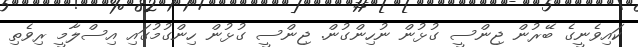
ކައިވެނީގެ ބޭރުން ޖިންސީ ގުޅުން ނުހިންގުން. ޖިންސީ ގުޅުން ހިންގުމުގައި އިސްލާމީ ރިވެތި